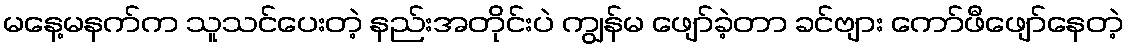
မနေ့မနက်က သူသင်ပေးတဲ့ နည်းအတိုင်းပဲ ကျွန်မ ဖျော်ခဲ့တာ ခင်ဗျား ကော်ဖီဖျော်နေတဲ့